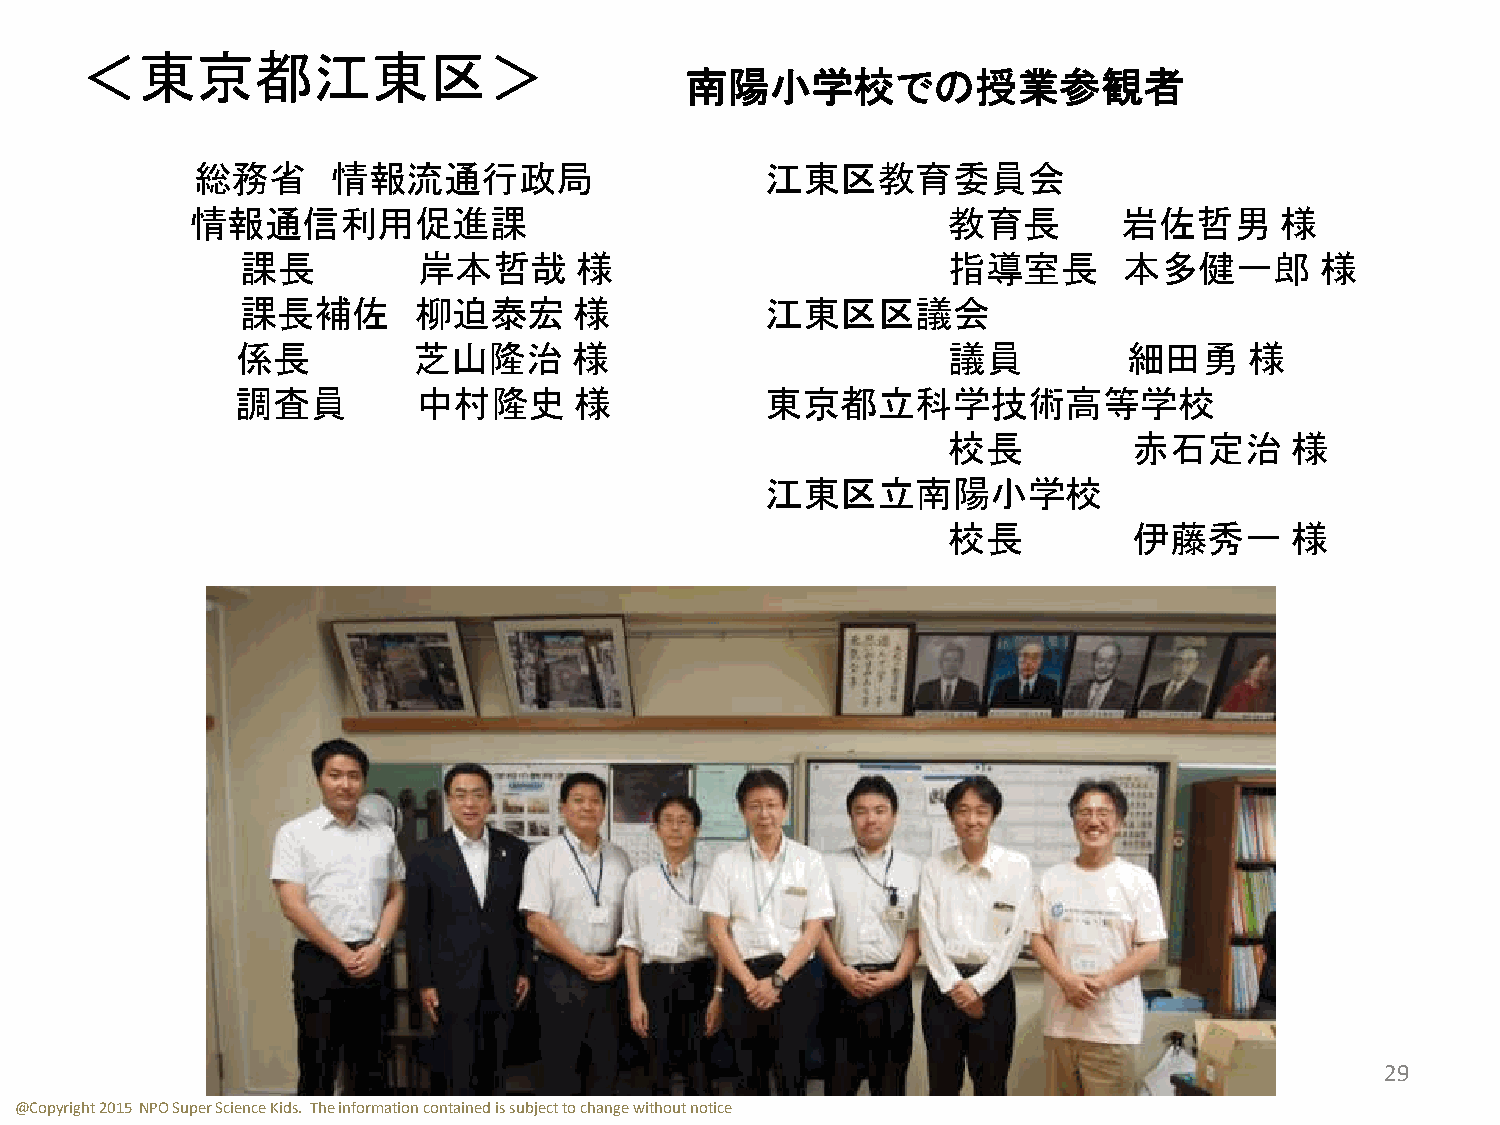
＜東京都江東区＞
 南陽小学校での授業参観者
 総務省      情報流通行政局                      江東区教育委員会
 情報通信利用促進課                                         教育長        岩佐哲男       様
 課長          岸本哲哉      様                        指導室長       本多健一郎        様
 課長補佐       柳迫泰宏       様            江東区区議会
 係長         芝山隆治       様                        議員          細田勇     様
 調査員         中村隆史      様            東京都立科学技術高等学校
 校長          赤石定治      様
 江東区立南陽小学校
 校長          伊藤秀一      様
 29
 @Copyright 2015 NPO Super Science Kids. The information contained is subject to change without notice